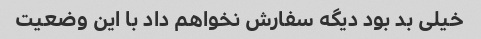
خیلی بد بود دیگه سفارش نخواهم داد با این وضعیت